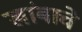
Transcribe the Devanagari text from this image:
खांबाचे